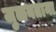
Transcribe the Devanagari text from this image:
जुळवताना